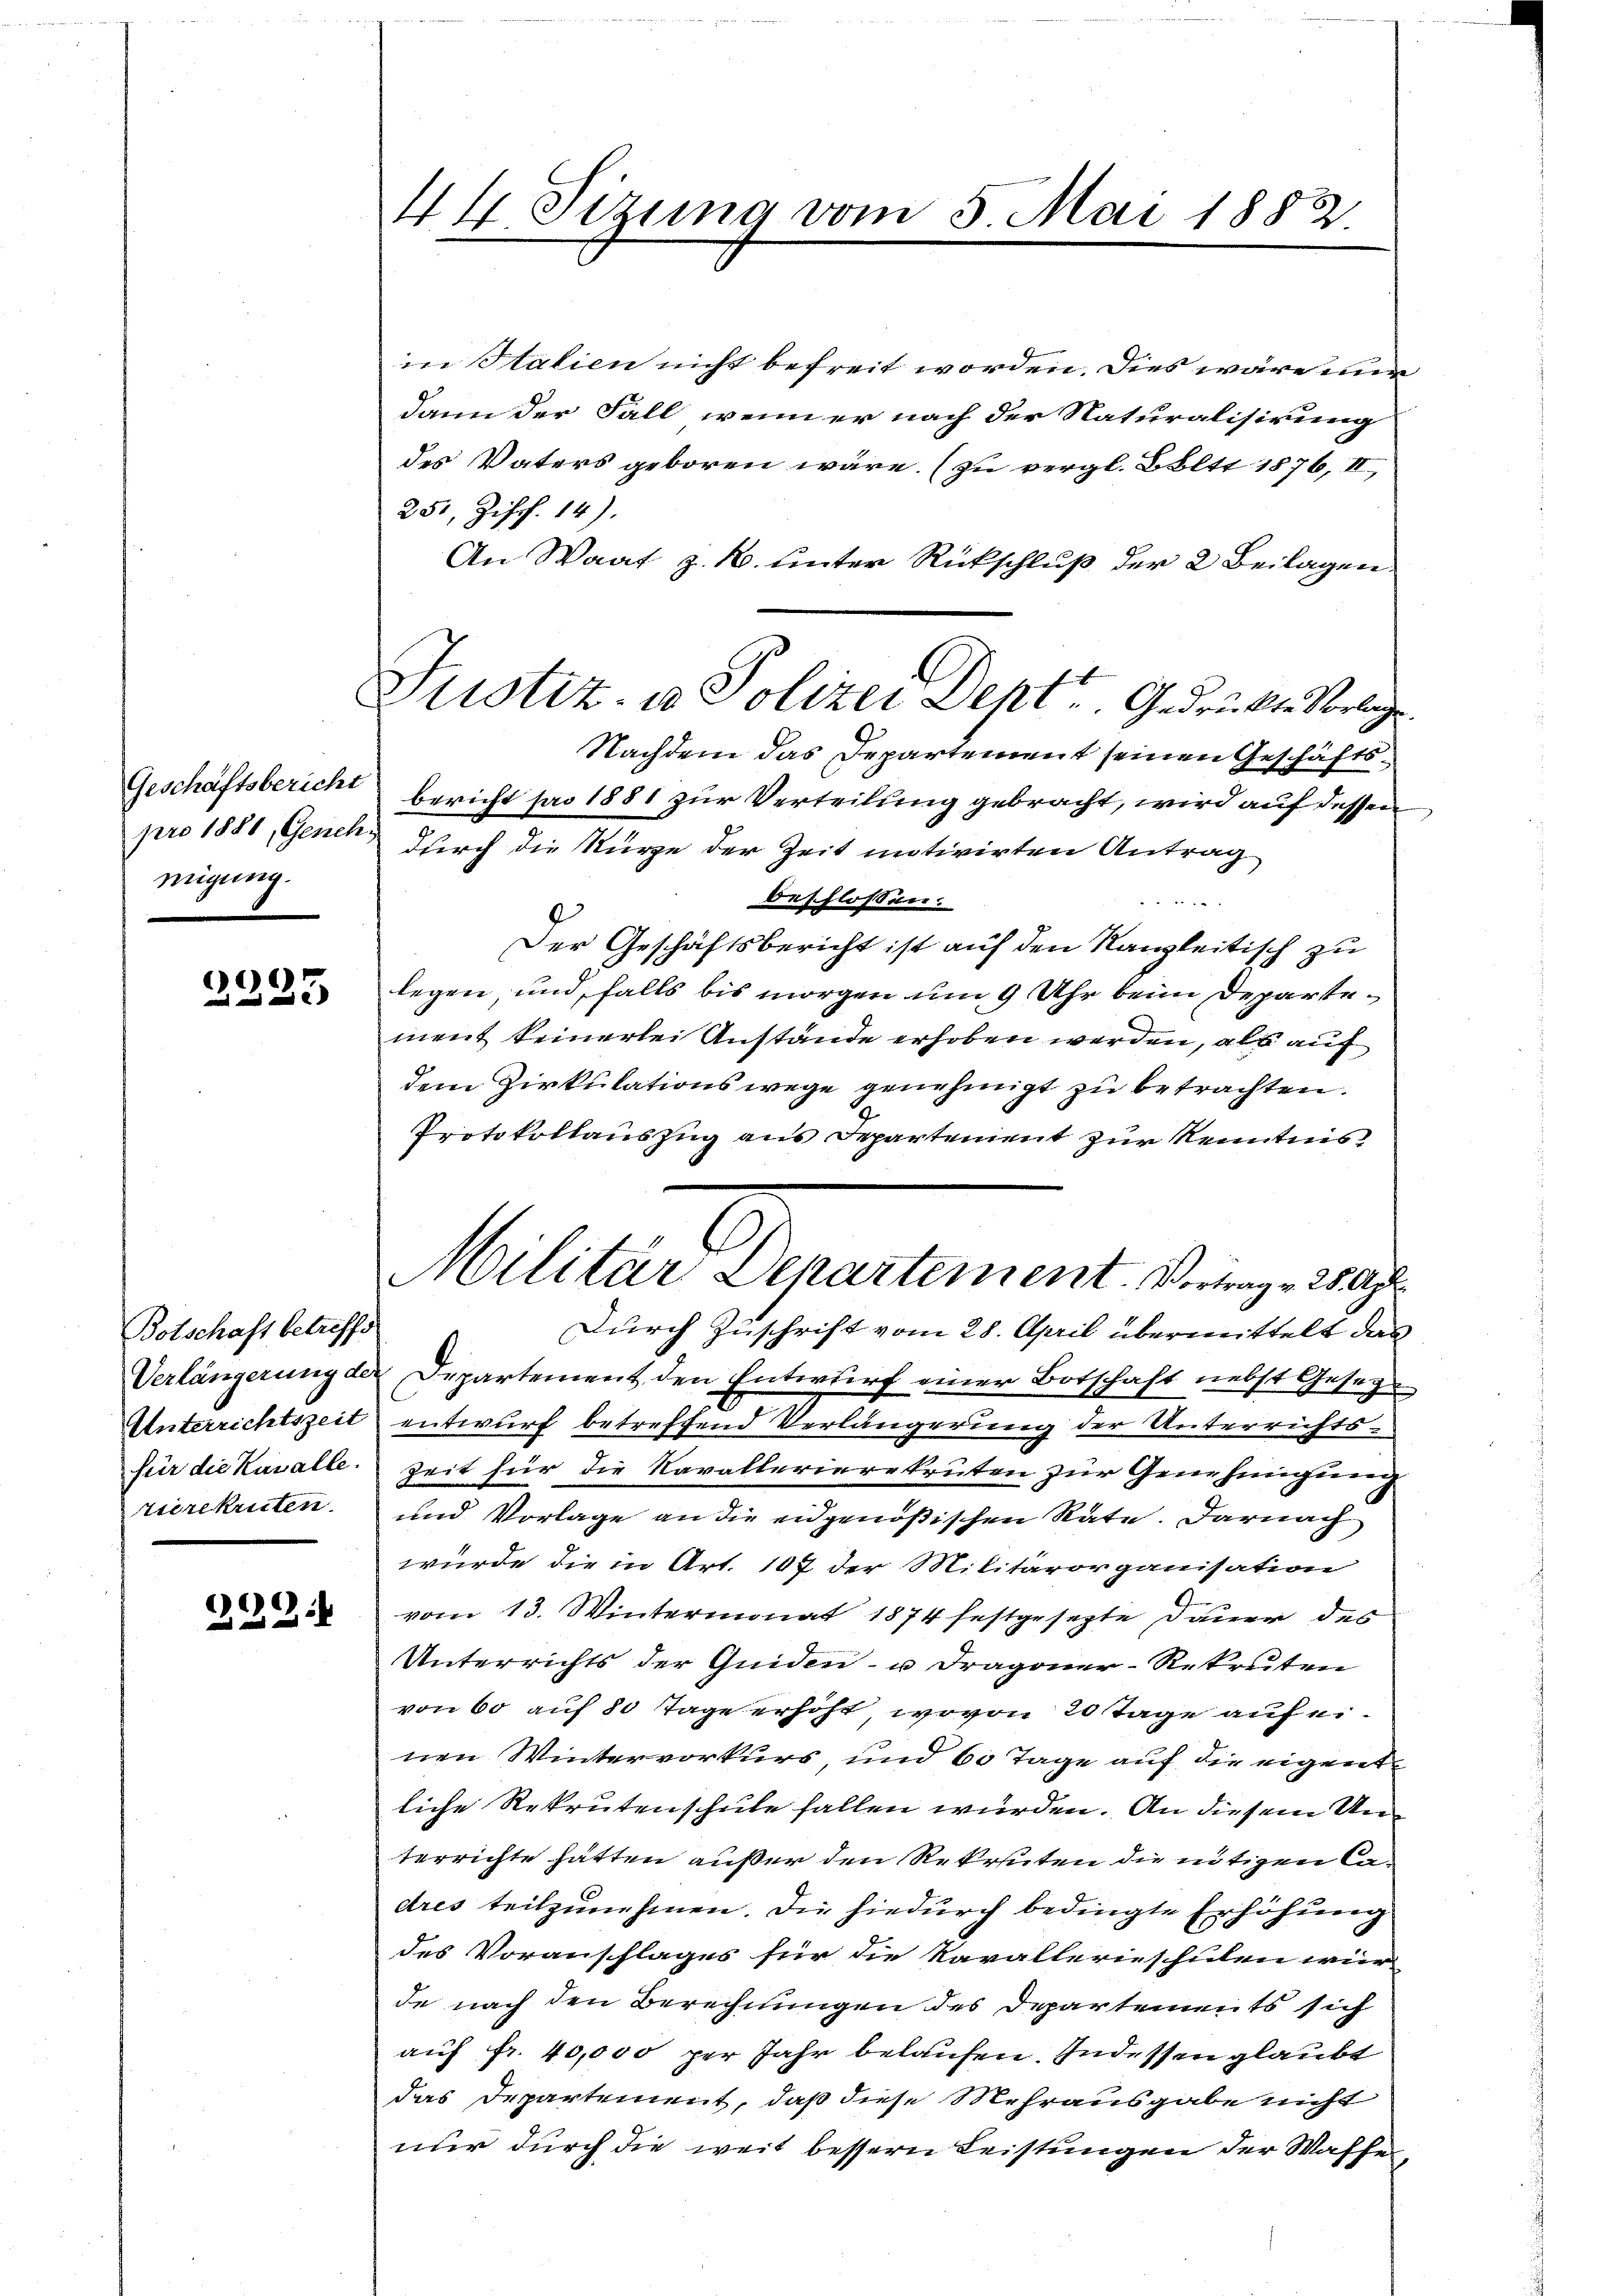
Geschäftsbericht
pro 1881, Geneh
migung.

006
  und

Botschaft betreffe
für die Kusalle.

222.

44 Sizung vom 5. Mai 1883

in Salien nicht befreit worden. Dies wäre mir
dann der Fall, wenn er nach der Naturalisirung
des Vaters geboren wäre. (zu vergl. Boltt 1876, II,
251, Ziff. 14).
An Waat z. B. unter Rückschluß der 2 Beilagen.
Nachdem das Departement seinen Geschäftsbericht pro 1881 zur Verteilung gebracht, wird auf dessen
durch die Kürze der Zeit mitwirten Antrag
beschlossen:
Der Geschäftsbericht ist auf den Kanzleitisch zu
legen, und falls bis morgen um 9 Uhr beim Departement keinerlei Anstände erhoben werden, als auf
dem Zirkulations wege genehmigt zu betrachten.
Protokollauszug aus Departement zur Kenntnis
Durch Zuschrift vom 28. April übermittelt das
Verlängerung der Departement den Entwurf einer Botschaft nebst Gesag¬
Unterrichtszeit entwurf betreffend Verlängerung der Unterrichts¬
Zeit für die Navallerierekruten zur Genehmigung
rierekruten und Vorlage an die eidgenößischen Räte. Darnach
würde die in Art. 107 der Militärorganisation
vom 13. Wintermonat 1874 festgesezte Dauer des
Unterrichts der Quiden- u. Dragoner Rekruten
von 60 auf 80 Tage erhöht, wovon 20 Tage auf einen Wintervorkurs, und 60 Tage auf die eigente
liche Rekrutenschule fallen würden. An diesem Unterrichte hätten außer den Rekruten die nötigen C
dres teilzunehmen. Die hiedurch bedingte Erhöhung
des Voranschlages für die Kavallerieschulen wir
de nach den Berechnungen des Departements sich
auf fr. 40,000 per Jahr belaufen. Indessen glaubt
das Departement, daß diese Mehrausgabe nicht
nur durch die weit bessern Leistungen der Waffe

Justiz in Polizei Dept. Gedrückte Vorlage.

Militär Departement. Vortrag 28 Apr